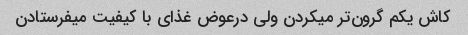
کاش یکم گرون‌تر میکردن ولی درعوض غذای با کیفیت میفرستادن